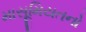
માસૂમિયતનો